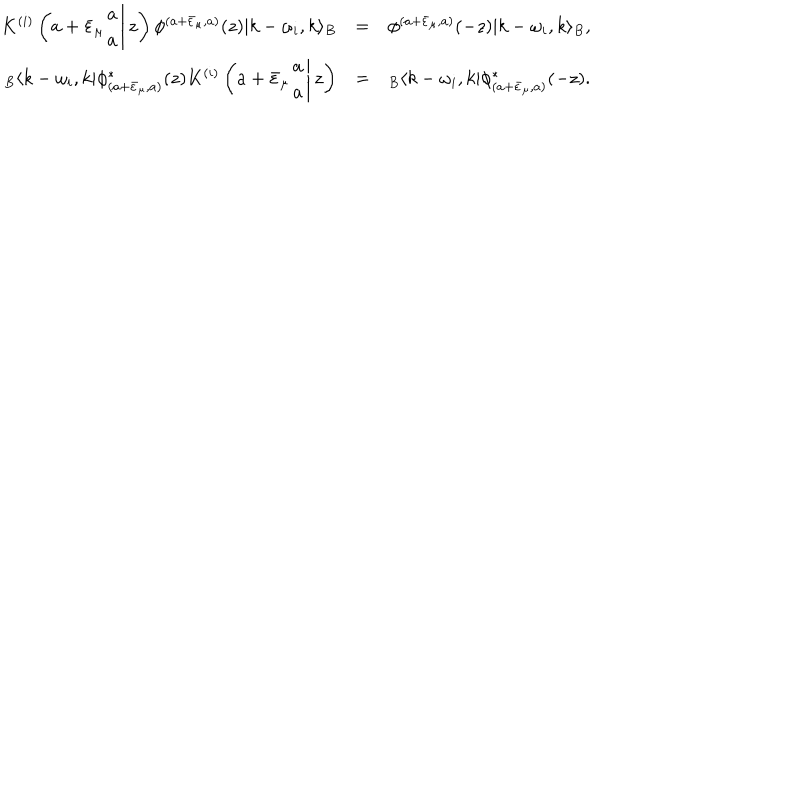
LaTeX: \begin{array} { r c l } { { K ^ { ( i ) } \left( \left. a + \bar { \varepsilon } _ { \mu } \begin{array} { c } { { a } } \\ { { a } } \\ \end{array} \right| z \right) \phi ^ { ( a + \bar { \varepsilon } _ { \mu } , a ) } ( z ) | k - \omega _ { i } , k \rangle _ { B } } } & { { = } } & { { \phi ^ { ( a + \bar { \varepsilon } _ { \mu } , a ) } ( - z ) | k - \omega _ { i } , k \rangle _ { B } , } } \\ { { { } _ { B } \langle k - \omega _ { i } , k | \phi _ { ( a + \bar { \varepsilon } _ { \mu } , a ) } ^ { * } ( z ) K ^ { ( i ) } \left( \left. a + \bar { \varepsilon } _ { \mu } \begin{array} { c } { { a } } \\ { { a } } \\ \end{array} \right| z \right) } } & { { = } } & { { { } _ { B } \langle k - \omega _ { i } , k | \phi _ { ( a + \bar { \varepsilon } _ { \mu } , a ) } ^ { * } ( - z ) . } } \\ \end{array}